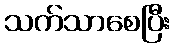
သက်သာစေပြီး